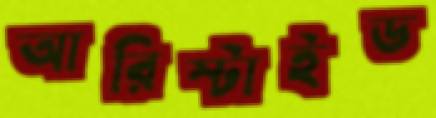
আরিস্টাইড